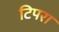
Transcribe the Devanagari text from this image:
टिपरा